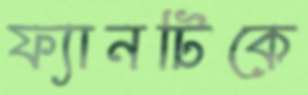
ফ্যানটিকে